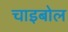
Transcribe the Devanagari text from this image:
चाइबोल